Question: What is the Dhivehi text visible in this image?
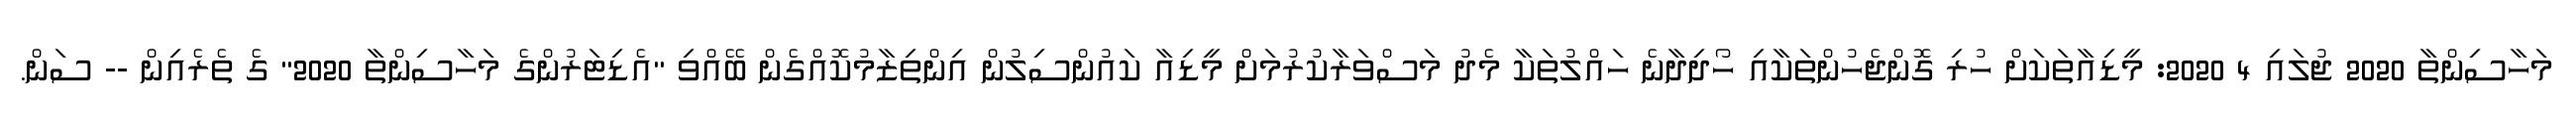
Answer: މަހާސިންތާ 2020 ޖުލައި 4 2020: މީޑިއާތަކަށް ހުރި ގޮންޖެހުންތަކާއި ހޯދިދާނެ ހައްލުތަކާ މެދު މަސްވަރާކުރުމަށް މީޑިއާ ކައުންސިލުން އިންތިޒާމުކޮއްގެން ބޭއްވި "އެޑިޓަރުންގެ މަހާސިންތާ 2020" ގެ ތެރެއިން -- ސަން.